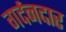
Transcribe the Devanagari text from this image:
गर्दनदार